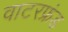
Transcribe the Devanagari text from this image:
वाटरफ्रंड